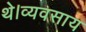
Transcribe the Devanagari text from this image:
थे।व्यवसाय